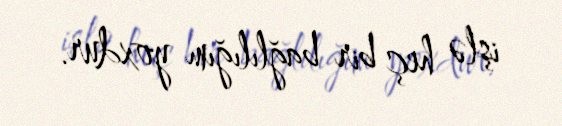
işlə heç bir bağlılığım yoxdur.